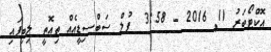
އޮކްޓޯބަރު 11